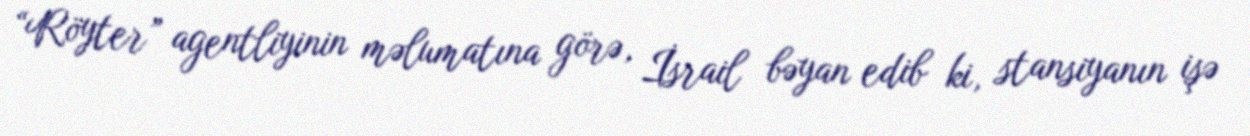
“Röyter” agentliyinin məlumatına görə, İsrail bəyan edib ki, stansiyanın işə